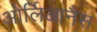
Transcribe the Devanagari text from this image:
ओर्लिआनैस